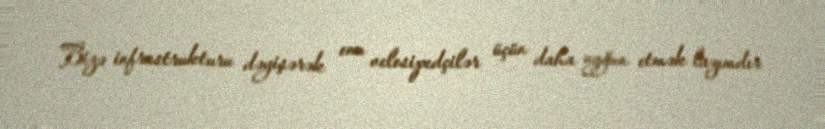
Bizə infrastrukturu dəyişərək onu velosipedçilər üçün daha uyğun etmək lazımdır